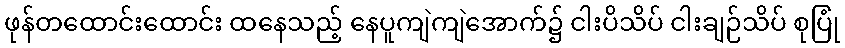
ဖုန်တထောင်းထောင်း ထနေသည့် နေပူကျဲကျဲအောက်၌ ငါးပိသိပ် ငါးချဉ်သိပ် စုပြုံ